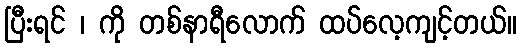
ပြီးရင် ၊ ကို တစ်နာရီလောက် ထပ်လေ့ကျင့်တယ်။